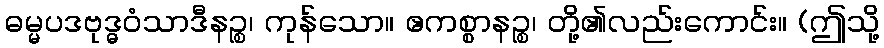
ဓမ္မပဒဗုဒ္ဓဝံသာဒီနဉ္စ၊ ကုန်သော။ ဧကစ္စာနဉ္စ၊ တို့၏လည်းကောင်း။ (ဤသို့